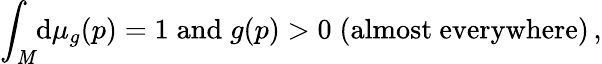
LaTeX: \int_{\mathit{M}}\! \mathrm{{d}}\mu_{g}(p)=1\; \mathrm{{and}}\; g(p)>0\; \mathrm{{(almost~everywhere)}}\, ,